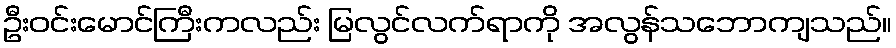
ဦးဝင်းမောင်ကြီးကလည်း မြလွင်လက်ရာကို အလွန်သဘောကျသည်။